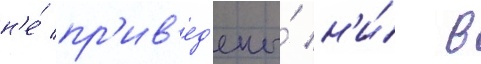
н'е́ пр'ив'ед'ены́ н'и́ в